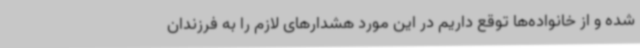
شده و از خانواده‌ها توقع داریم در این مورد هشدارهای لازم را به فرزندان